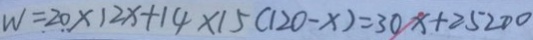
W = 2 0 \times 1 2 x + 1 4 \times 1 5 ( 1 2 0 - x ) = 3 0 x + 2 5 2 0 0